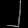
Digit: ၂